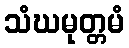
သံဃမုတ္တမံ